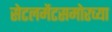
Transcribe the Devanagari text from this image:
सेटलमेंटसमोरच्या